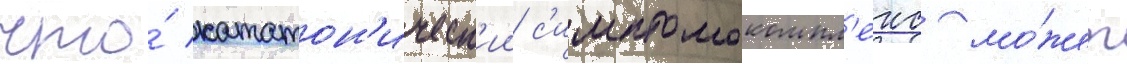
что́ кататон'ическ'ии с'имптомокомпл'екс мо́жет